Black-water fever - Number 35
Disease focus: Fever
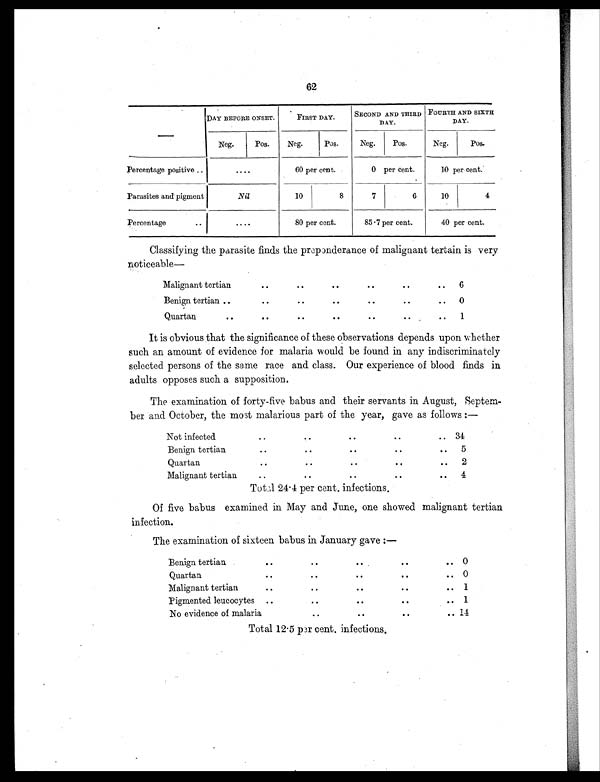
62
—
DAY BEFORE ONSET.
FIRST DAY.
SECOND AND THIRD
DAY.
FOURTH AND SIXTH
DAY.
Neg.
Pos.
Neg.
Pos.
Neg.
Pos.
Neg.
Pos.
Percentage positive ..
. . . .
60 per cent.
0 per cent.
10 per cent.
Parasites and pigment
Nil
10
8
7
6
10
4
Percentage
. .
. . . .
80 per cent.
85.7 per cent.
40 per cent.
Classifying the parasite finds the preponderance of malignant tertain is very
noticeable—
Malignant tertian
..
. .
..
..
. .
.. 6
Benign tertian ..
..
. .
. .
. .
..
.. 0
Quartan
. .
..
. .
. .
. .
. .
.. 1
It is obvious that the significance of these observations depends upon whether
such an amount of evidence for malaria would be found in any indiscriminately
selected persons of the same race and class. Our experience of blood finds in
adults opposes such a supposition.
The examination of forty-five babus and their servants in August, Septem-
ber and October, the most malarious part of the year, gave as follows :—
Not infected
. .
. .
. .
..
.. 34
Benign tertian
. .
. .
. .
..
.. 5
Quartan
. .
. .
. .
. .
. . 2
Malignant tertian
..
. .
. .
. .
. . 4
Total 24.4 per cent, infections.
Of five babus examined in May and June, one showed malignant tertian
infection.
The examination of sixteen babus in January gave :—
Benign tertian
..
. .
. .
..
.. 0
Quartan
..
. .
. .
..
.. 0
Malignant tertian
..
. .
. .
. .
.. 1
Pigmented leucocytes ..
. .
. .
..
.. 1
No evidence of malaria
. .
. .
..
.. 14
Total 12 5 per cent, infections.